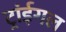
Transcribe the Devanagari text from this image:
ट्रांईगल